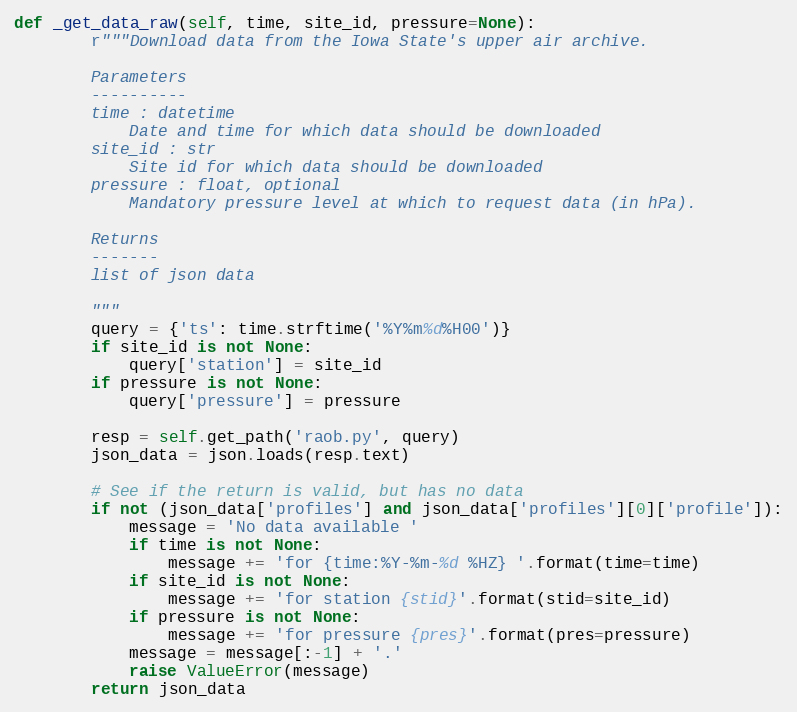
Language: Python
def _get_data_raw(self, time, site_id, pressure=None):
        r"""Download data from the Iowa State's upper air archive.

        Parameters
        ----------
        time : datetime
            Date and time for which data should be downloaded
        site_id : str
            Site id for which data should be downloaded
        pressure : float, optional
            Mandatory pressure level at which to request data (in hPa).

        Returns
        -------
        list of json data

        """
        query = {'ts': time.strftime('%Y%m%d%H00')}
        if site_id is not None:
            query['station'] = site_id
        if pressure is not None:
            query['pressure'] = pressure

        resp = self.get_path('raob.py', query)
        json_data = json.loads(resp.text)

        # See if the return is valid, but has no data
        if not (json_data['profiles'] and json_data['profiles'][0]['profile']):
            message = 'No data available '
            if time is not None:
                message += 'for {time:%Y-%m-%d %HZ} '.format(time=time)
            if site_id is not None:
                message += 'for station {stid}'.format(stid=site_id)
            if pressure is not None:
                message += 'for pressure {pres}'.format(pres=pressure)
            message = message[:-1] + '.'
            raise ValueError(message)
        return json_data